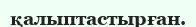
қалыптастырған.